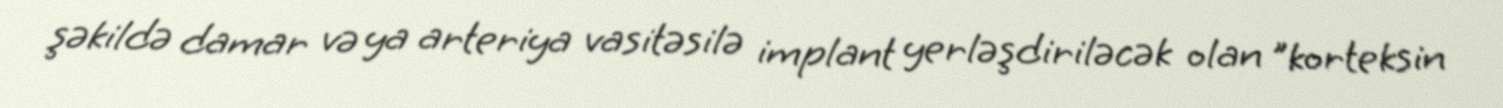
şəkildə damar və ya arteriya vasitəsilə implant yerləşdiriləcək olan "korteksin